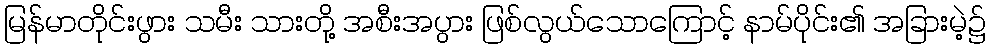
မြန်မာတိုင်းဖွား သမီး သားတို့ အစီးအပွား ဖြစ်လွယ်သောကြောင့် နာမ်ပိုင်း၏ အခြားမဲ့၌